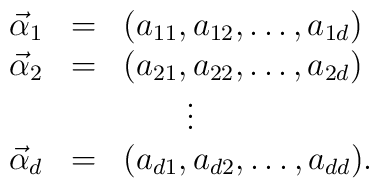
\begin{array}{rcl}  \vec\alpha_1&=&(a_{11},a_{12},\ldots,a_{1d})\\  \vec\alpha_2&=&(a_{21},a_{22},\ldots,a_{2d})\\  \multicolumn{3}{c}{\vdots}\\  \vec\alpha_d&=&(a_{d1},a_{d2},\ldots,a_{dd}).\end{array}